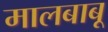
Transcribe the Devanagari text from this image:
मालबाबू